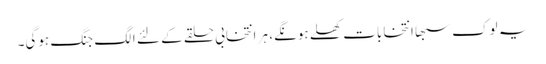
یہ لوک سبھا انتخابات کھلے ہونگے، ہر انتخابی حلقے کے لئے الگ جنگ ہوگی۔